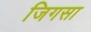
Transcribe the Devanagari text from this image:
जिगसा